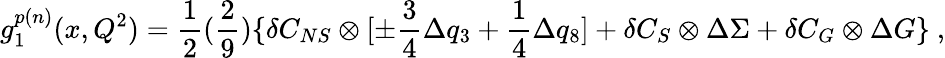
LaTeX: g_{1}^{p(n)}(x,Q^{2})={\frac{1}{2}}({\frac{2}{9}})\{ \delta C_{NS}\otimes[\pm{\frac{3}{4}}\Delta q_{3}+{\frac{1}{4}}\Delta q_{8}]+\delta C_{S}\otimes\Delta\Sigma+\delta C_{G}\otimes\Delta G\} ~,